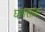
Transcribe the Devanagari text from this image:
घणसाळ